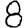
Digit: 8